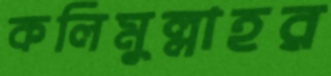
কলিমুল্লাহর